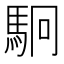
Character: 駉